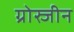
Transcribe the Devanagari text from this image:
ग्रोस्जीन